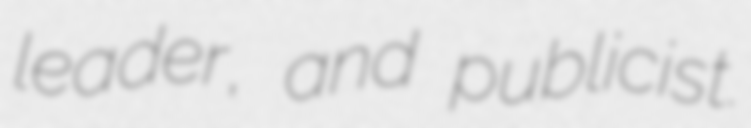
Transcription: leader, and publicist.